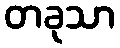
တခုသာ